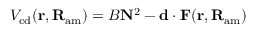
V _ { \mathrm { c d } } ( { \bf r } , { \bf R } _ { \mathrm { a m } } ) = { B { \bf N } ^ { 2 } - { \bf d } \cdot { \bf F ( { \bf r , { \bf R } _ { \mathrm { a m } } ) } } }